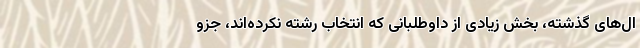
ال‌های گذشته، بخش زیادی از داوطلبانی که انتخاب رشته نکرده‌اند، جزو